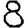
Digit: 8